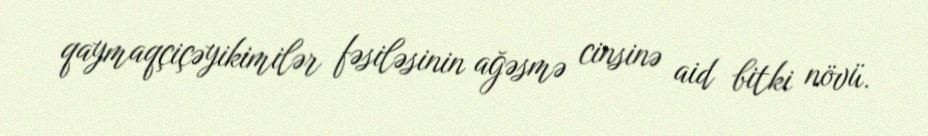
qaymaqçiçəyikimilər fəsiləsinin ağəsmə cinsinə aid bitki növü.